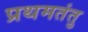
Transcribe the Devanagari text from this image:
प्रथमतंतु